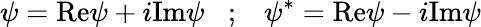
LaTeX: \psi=\mathrm{Re}\psi+i\mathrm{Im}\psi\; \; \; ;\; \; \; \psi^{*}=\mathrm{Re}\psi-i\mathrm{Im}\psi